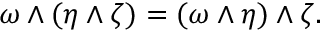
\omega \wedge ( \eta \wedge \zeta ) = ( \omega \wedge \eta ) \wedge \zeta .